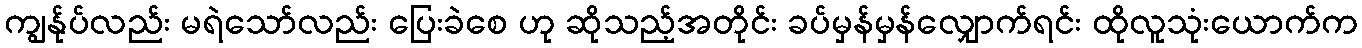
ကျွန်ုပ်လည်း မရဲသော်လည်း ပြေးခဲစေ ဟု ဆိုသည့်အတိုင်း ခပ်မှန်မှန်လျှောက်ရင်း ထိုလူသုံးယောက်က